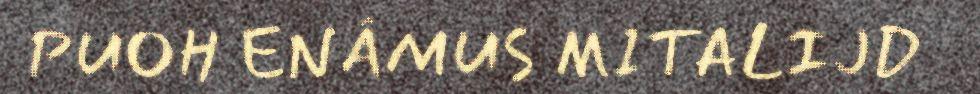
PUOH ENÂMUS MITALIJD